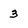
Character: 3